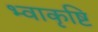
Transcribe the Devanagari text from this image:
भ्वाकृष्टि